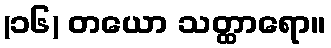
(၁၆) တယော သတ္ထာရော။